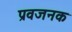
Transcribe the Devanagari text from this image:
प्रवजनक